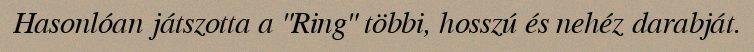
Hasonlóan játszotta a "Ring" többi, hosszú és nehéz darabját.